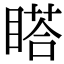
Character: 𥉌